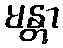
မန္တွာ